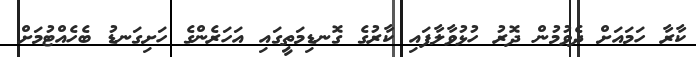
ކާރާ ހަމައަށް ދެވުމުން ދޮރު ހުޅުވާލާފައި ކާރުގެ ގޮނޑިމަތީގައި އަހަރެންގެ ހަށިގަނޑު ބެހެއްޓުމަށް